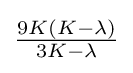
{\tfrac {9K(K-\lambda )}{3K-\lambda }}